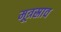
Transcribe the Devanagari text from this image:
मूत्रस्राव